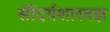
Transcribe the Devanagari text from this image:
सौंदर्यशास्त्रज्ञ